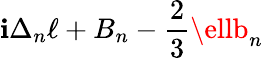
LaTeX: \mathbf{i}\Delta_{n}\ell+B_{n}-{\frac{{2}}{{3}}}\ellb_{n}